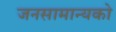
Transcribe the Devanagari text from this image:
जनसामान्‍यको